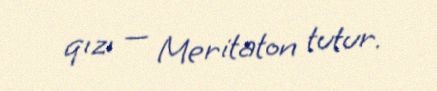
qızı — Meritaton tutur.